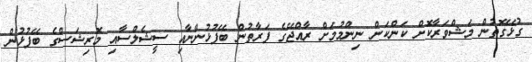
ގުޅޭގޮތުން މަޝްވަރާކޮށް ކަންކަން ނިންމުމަށް ރާއްޖޭގެ ފަރާތުން ބޭފުޅުންނާއި ސީޝެލްސާއި މޮރިޝަސްގެ ބޭފުޅުން